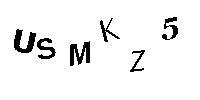
USMKZ5